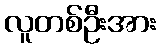
လူတစ်ဦးအား